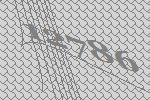
12786